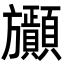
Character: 𣄫